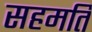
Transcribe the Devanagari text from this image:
सहमति